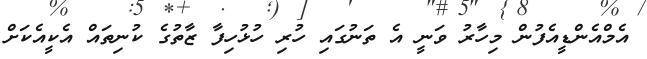
އެމްއެންޑީއެފުން މިހާރު ވަނީ އެ ތަނުގައި ހުރި ހުޅުހިފާ ޒާތުގެ ކުނިތައް އެކީއެކަށް